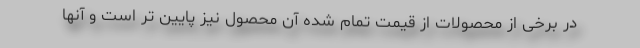
در برخی از محصولات از قیمت تمام شده آن محصول نیز پایین تر است و آنها